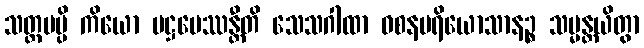
သတ္တမမ္ပိ ကိယော ပဋ္ဌပေဿန္တီတိ သေသဂါထာ ဝစနပရိယောသာနဉ္စ သမ္မန္တယိတွာ